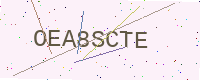
Text: OEA8SCTE